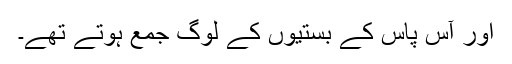
اور آس پاس کے بستیوں کے لوگ جمع ہوتے تھے۔